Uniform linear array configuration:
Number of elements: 8
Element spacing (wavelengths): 1
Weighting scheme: hann
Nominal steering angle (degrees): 15
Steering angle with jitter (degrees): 14.6
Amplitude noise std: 0.05
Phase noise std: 0.05

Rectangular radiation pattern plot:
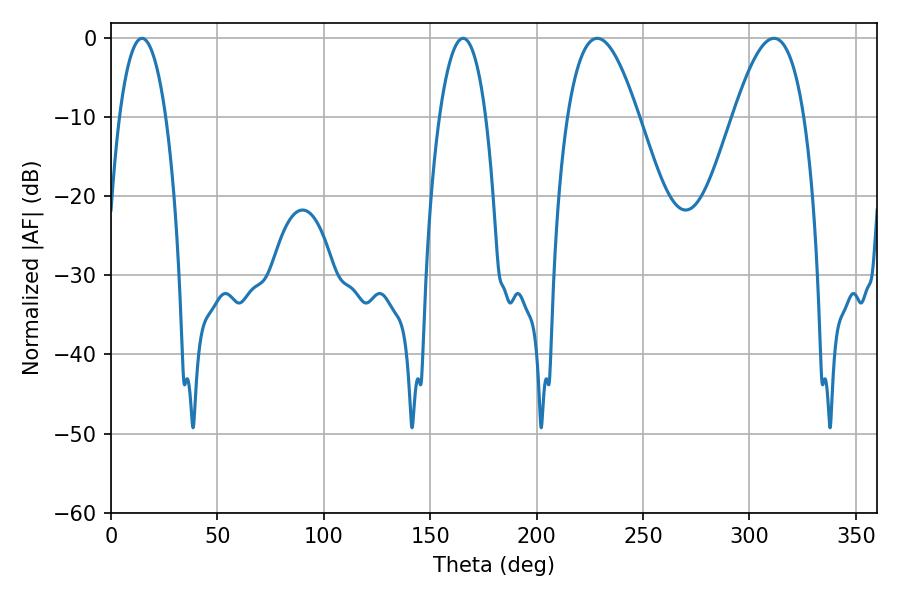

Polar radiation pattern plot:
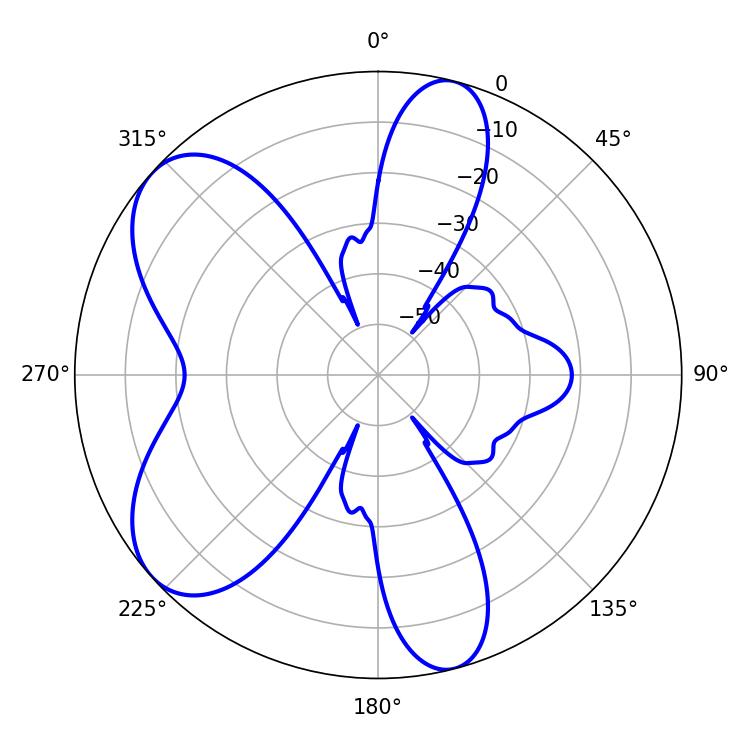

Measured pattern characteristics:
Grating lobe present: TRUE
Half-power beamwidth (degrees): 12.06
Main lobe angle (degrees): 14.58